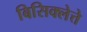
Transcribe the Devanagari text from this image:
बिसिक्लेत्ते